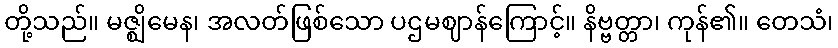
တို့သည်။ မဇ္ဈိမေန၊ အလတ်ဖြစ်သော ပဌမဈာန်ကြောင့်။ နိဗ္ဗတ္တာ၊ ကုန်၏။ တေသံ၊